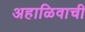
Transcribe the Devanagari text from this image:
अहाळिवाची